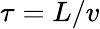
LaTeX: \tau=L/v